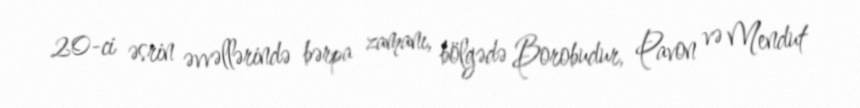
20-ci əsrin əvvəllərində bərpa zamanı, bölgədə Borobudur, Pavon və Mendut